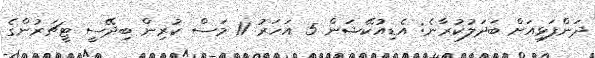
ދަންފަޅިއަށް ބަދަލުކުރާނެ: އެޑިއުކޭޝަން 5 އަހަރު 11 މަސް ކުރިން ބިދޭސީ ޓީޗަރުންގެ